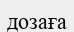
дозаға